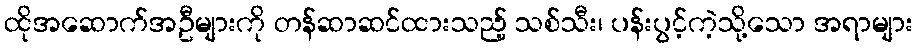
ထိုအဆောက်အဦများကို တန်ဆာဆင်ထားသည့် သစ်သီး၊ ပန်းပွင့်ကဲ့သို့သော အရာများ